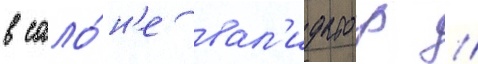
в сало́н'е вал'идатор //